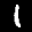
Label: 1